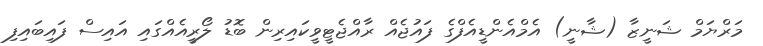
މަރްޔަމް ޝަނީޒާ (ޝާނީ) އެމްއެންޑީއެފްގެ ފައުޖެއް ރާއްޖެޓީވީކައިރިން ބޮޑު ލޯރީއެއްގައި އައިސް ފައިބައިފި